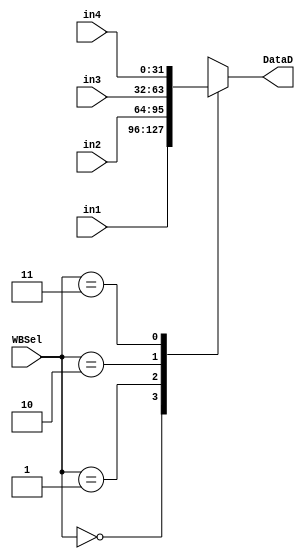
module mux4x2 #(parameter WIDTH=32) (
input [WIDTH-1:0] in1,
input [WIDTH-1:0] in2,
input [WIDTH-1:0] in3,
input [WIDTH-1:0] in4,
input [1:0] WBSel,
output reg [WIDTH-1:0] DataD );

 always @* 
 begin
    case(WBSel)
        2'b00: DataD<=in1;
        2'b01: DataD<=in2;
        2'b10: DataD<=in3;
        2'b11: DataD<=in4;
    endcase    
 end
endmodule